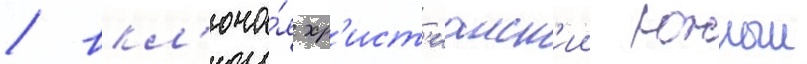
/ вкл'юча́я хр'ист'ианск'ии южныи